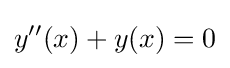
y''(x)+y(x)=0